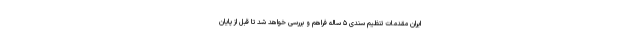
ایران مقدمات تنظیم سندی ۵ ساله فراهم و بررسی خواهد شد تا قبل از پایان